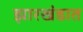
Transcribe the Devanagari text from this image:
झारखंडात